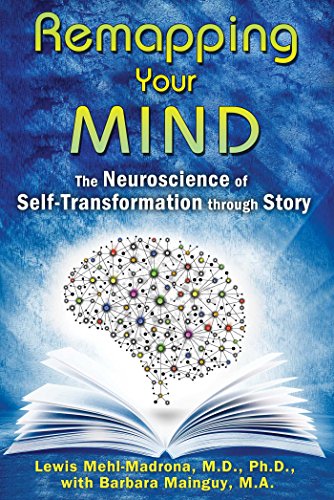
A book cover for Remapping Your Mind: The Neuroscience of Self-Transformation through Story; Lewis Mehl-Madrona M.D.  Ph.D.; Health, Fitness & Dieting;